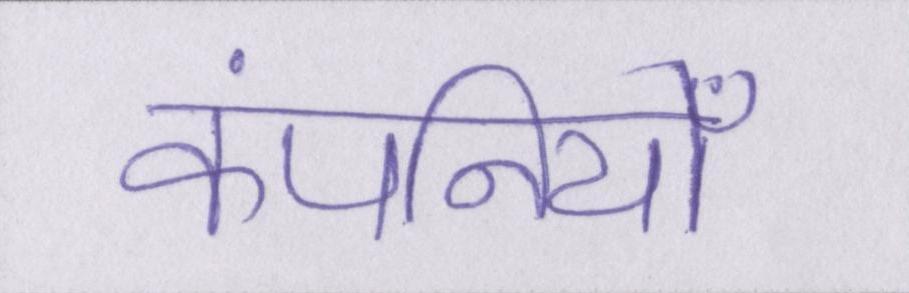
कंपनियोँ